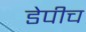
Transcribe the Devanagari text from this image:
डेपीच